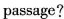
passage?